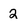
Character: 2